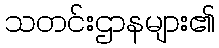
သတင်းဌာနများ၏